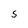
Character: S